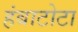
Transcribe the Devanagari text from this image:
हंबाटोटा